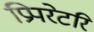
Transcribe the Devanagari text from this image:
प्रिपरेटरि